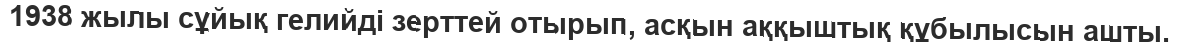
1938 жылы сұйық гелийді зерттей отырып, асқын аққыштық құбылысын ашты.